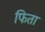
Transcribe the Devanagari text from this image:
फिता